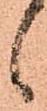
候